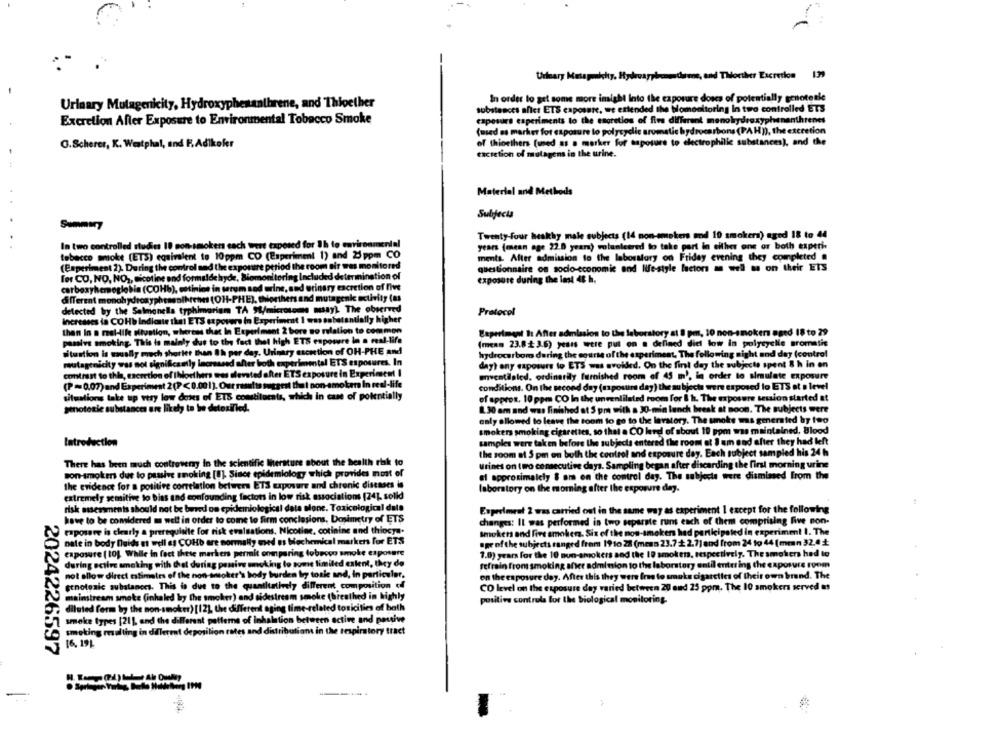
Urinary Mutagmichy, Hydroayrbredanoe, and Thorther Excretion 1
In order to get some more insight Into the exposure doses of potentially genotetle
Urinary Mutagenicity, Hydroxyphesanihrene, and Thioether
substances afict ETS caposure, we extended the blomonitoring In two controlled ETS
caposure experiments to the escretios of five different menohydroxyphenanthrenes
Excretion After Exposure to Environmental Tobacco Smoke
(med as market for exposure to polycyclic aromatic hydrocarbons (PAH)), the excretion
of thioethers (used as a marker for taposure to electrophilic substances), and the
G.Scherer, K. Westphal, and F.Adikoler
taciction of mulagens in the urine.
Material and Methods
Subjects
Summary
Twenty-four healthy male subjects (14 non-smokers and 10 smokers) aged 18 to 44
In two controlled studies 10 non-smokers each wert exposed for 1h to environmental
years (mean age 22.0 years) volunteered to take part in either one or both experi
tobacco smoke (ETS) equivalent to 10ppm CO (Experiment 1) and 25 ppm CO
ments. After admission to the laboratory on Friday evening they completed .
(Experiment 2). During the control and the exposure period the room air was monitored
questionnaire on socio-economic and life-style factors as well as on their ETS
for CO, NO, NO ,, nicotine and formaldehyde, Biomonitoring Included determination of
exposure during the last 48 h.
carboxyhemoglobin (COHb), catinios in serum sed urine, sad urinary excretion of five
different monohydroxyphesenlhrenes (OH-PHE), thorthers and mutagenic activity (as
detected by the Salmonella typhimariam TA "W/microtoms msay) The observed
Protocol
Increases in COHb indiante that ETS ex povero in Experiment I was onbatantially higher
then In a real-life situation, whereas that In Experiment 2 bore so relation to common
Experiment I: After admission to the laboratory at 8 pm, 10 non-smokers aged 18 to 29
passive smoking. This is mainly due to the fact thel high ETS enposure in a real-life
(menn 23.8 +3.6) years were put on a defined diel low in polycyelle aromatis
situation is sually mach shorter than Sh per day. Urinary escetion of OH-PHE and
OH-PHE And
hydrocarbomo during the ogurte of the experiment, The following night and day (control
mutagenicity was sol significantly increased after both experimental ETS exposures. In
IS exposures. In
day) any exposure to ETS was avoided. On the first day the subjecte spent 8 h in an
In Experiment I
contrast to this, excretion of Illoethers was alevsted after ETS exposure in Experiment I
mventilaled. ordinatily furnished room of 45 m), in order to simulate exposure
(P=0,07) and Experiment 2(P<0.001). Our results suggest that non-smokers In real-life
otera in real-life
conditions. On the second day (mposura day) the subjects were exposed to ETS at a level
situations take up very low doses of ETS constituents, which in case of potentially
of approx. 10 ppm CO In the unventilated room for & h. The exposure session started at
genotoxic substances are likely to be detoxilied.
1.30 am and was finished at S pri with a 30-min lunch break at noon. The subjects were
only allowed to leave the toom to go to the lavatory. The smoke was generated by two
smokers smoking cigarettes, so that a CO level of about 19 pom was maintained, Blood
Introduction
samples were taken before the subjects entered the room at 8 am and after they had left
the room at 5 pm on both the control and exposure day. Each subject sampled his 24 h
There has been much controversy In the scientific Iherature about the health risk to
Urines on two consecutive days. Sampling began after discarding the first morning urine
son-smokers due to passive smoking [U], Since epidemiology which provides most of
af approximately $ om on the control day. The subjecta were dismissed from the
the evidence for a positive correlation between ETS exposure and chronic diseases is
laboratory on the morning after the exposure dey.
extremely gemitive to bias and confounding factors in low risk associations [24]. solld
risk assessments should not be buved on epidemiological data alone. Toxicological dale
Exprolment 2 was carried out in the same way as experiment 1 except for the following
have to be considered m welt in order to come to firm conclusions, Dosimetry of ETS
changes: Il was performed in two separate runs each of them comprising five non-
raposave is clearly a prerequisite for risk evaluations. Nicotine, cotinine and thiocya.
Smokers and Five smokers, Six of the non-smokers had participated in experiment I. The
nate in body fluids et well as COHb are normally med us biochemical markers for ETS
apr of the subjects ranged from 19 to 22 (mean 23.7 + 2.7] and from 24 to 44 [men 32.4
exposure [ 10), While in fect these markers permit comparing lobpoco smoke exposure
1.0) years for the 10 non-smokers and the 19 smoken, respectively. The smokers had to
during active smoking with Chet during pomive smoking to some limited extent, they do
refrain from smoking after adminion to the laboratory until enter ing the exposure room
not allow direct estimates of the non-antoker's body burden by tosie and, In particular.
en the en posure day. After this they were free to smaks cigarettes of their own brand. The
sonotonic substances. This is due to the quantitatively different composition off
CO level on the exposure day varied between 20 and 25 ppm. The 10 smokers served us
mainstream smoke (inhaled by the smoker) and sidestream smoke (breathed in highly
positive controls for the biological monitoring
diluted form by the non-smoker) [12], the different aging time-related toricities of bath
smoke types [21], and the different patterns of inhalation between active and passive
smoking resulting in different deposilion rates and distribution in the respiratory tract
16,191
2024226597
--...